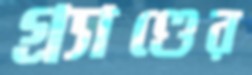
গ্র্যাণ্ডের